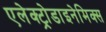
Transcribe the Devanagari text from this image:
एलेक्ट्रोडाइनेमिक्स